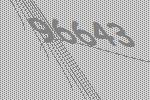
96643